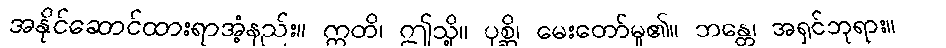
အနိုင်ဆောင်ထားရာအံ့နည်း။ ဣတိ၊ ဤသို့။ ပုစ္ဆိ၊ မေးတော်မူ၏။ ဘန္တေ၊ အရှင်ဘုရား။